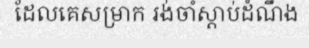
ដែលគេសម្រាក រង់ចាំស្តាប់ដំណឹង